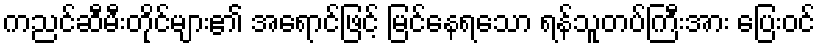
ကညင်ဆီမီးတိုင်များ၏ အရောင်ဖြင့် မြင်နေရသော ရန်သူတပ်ကြီးအား ပြေးဝင်